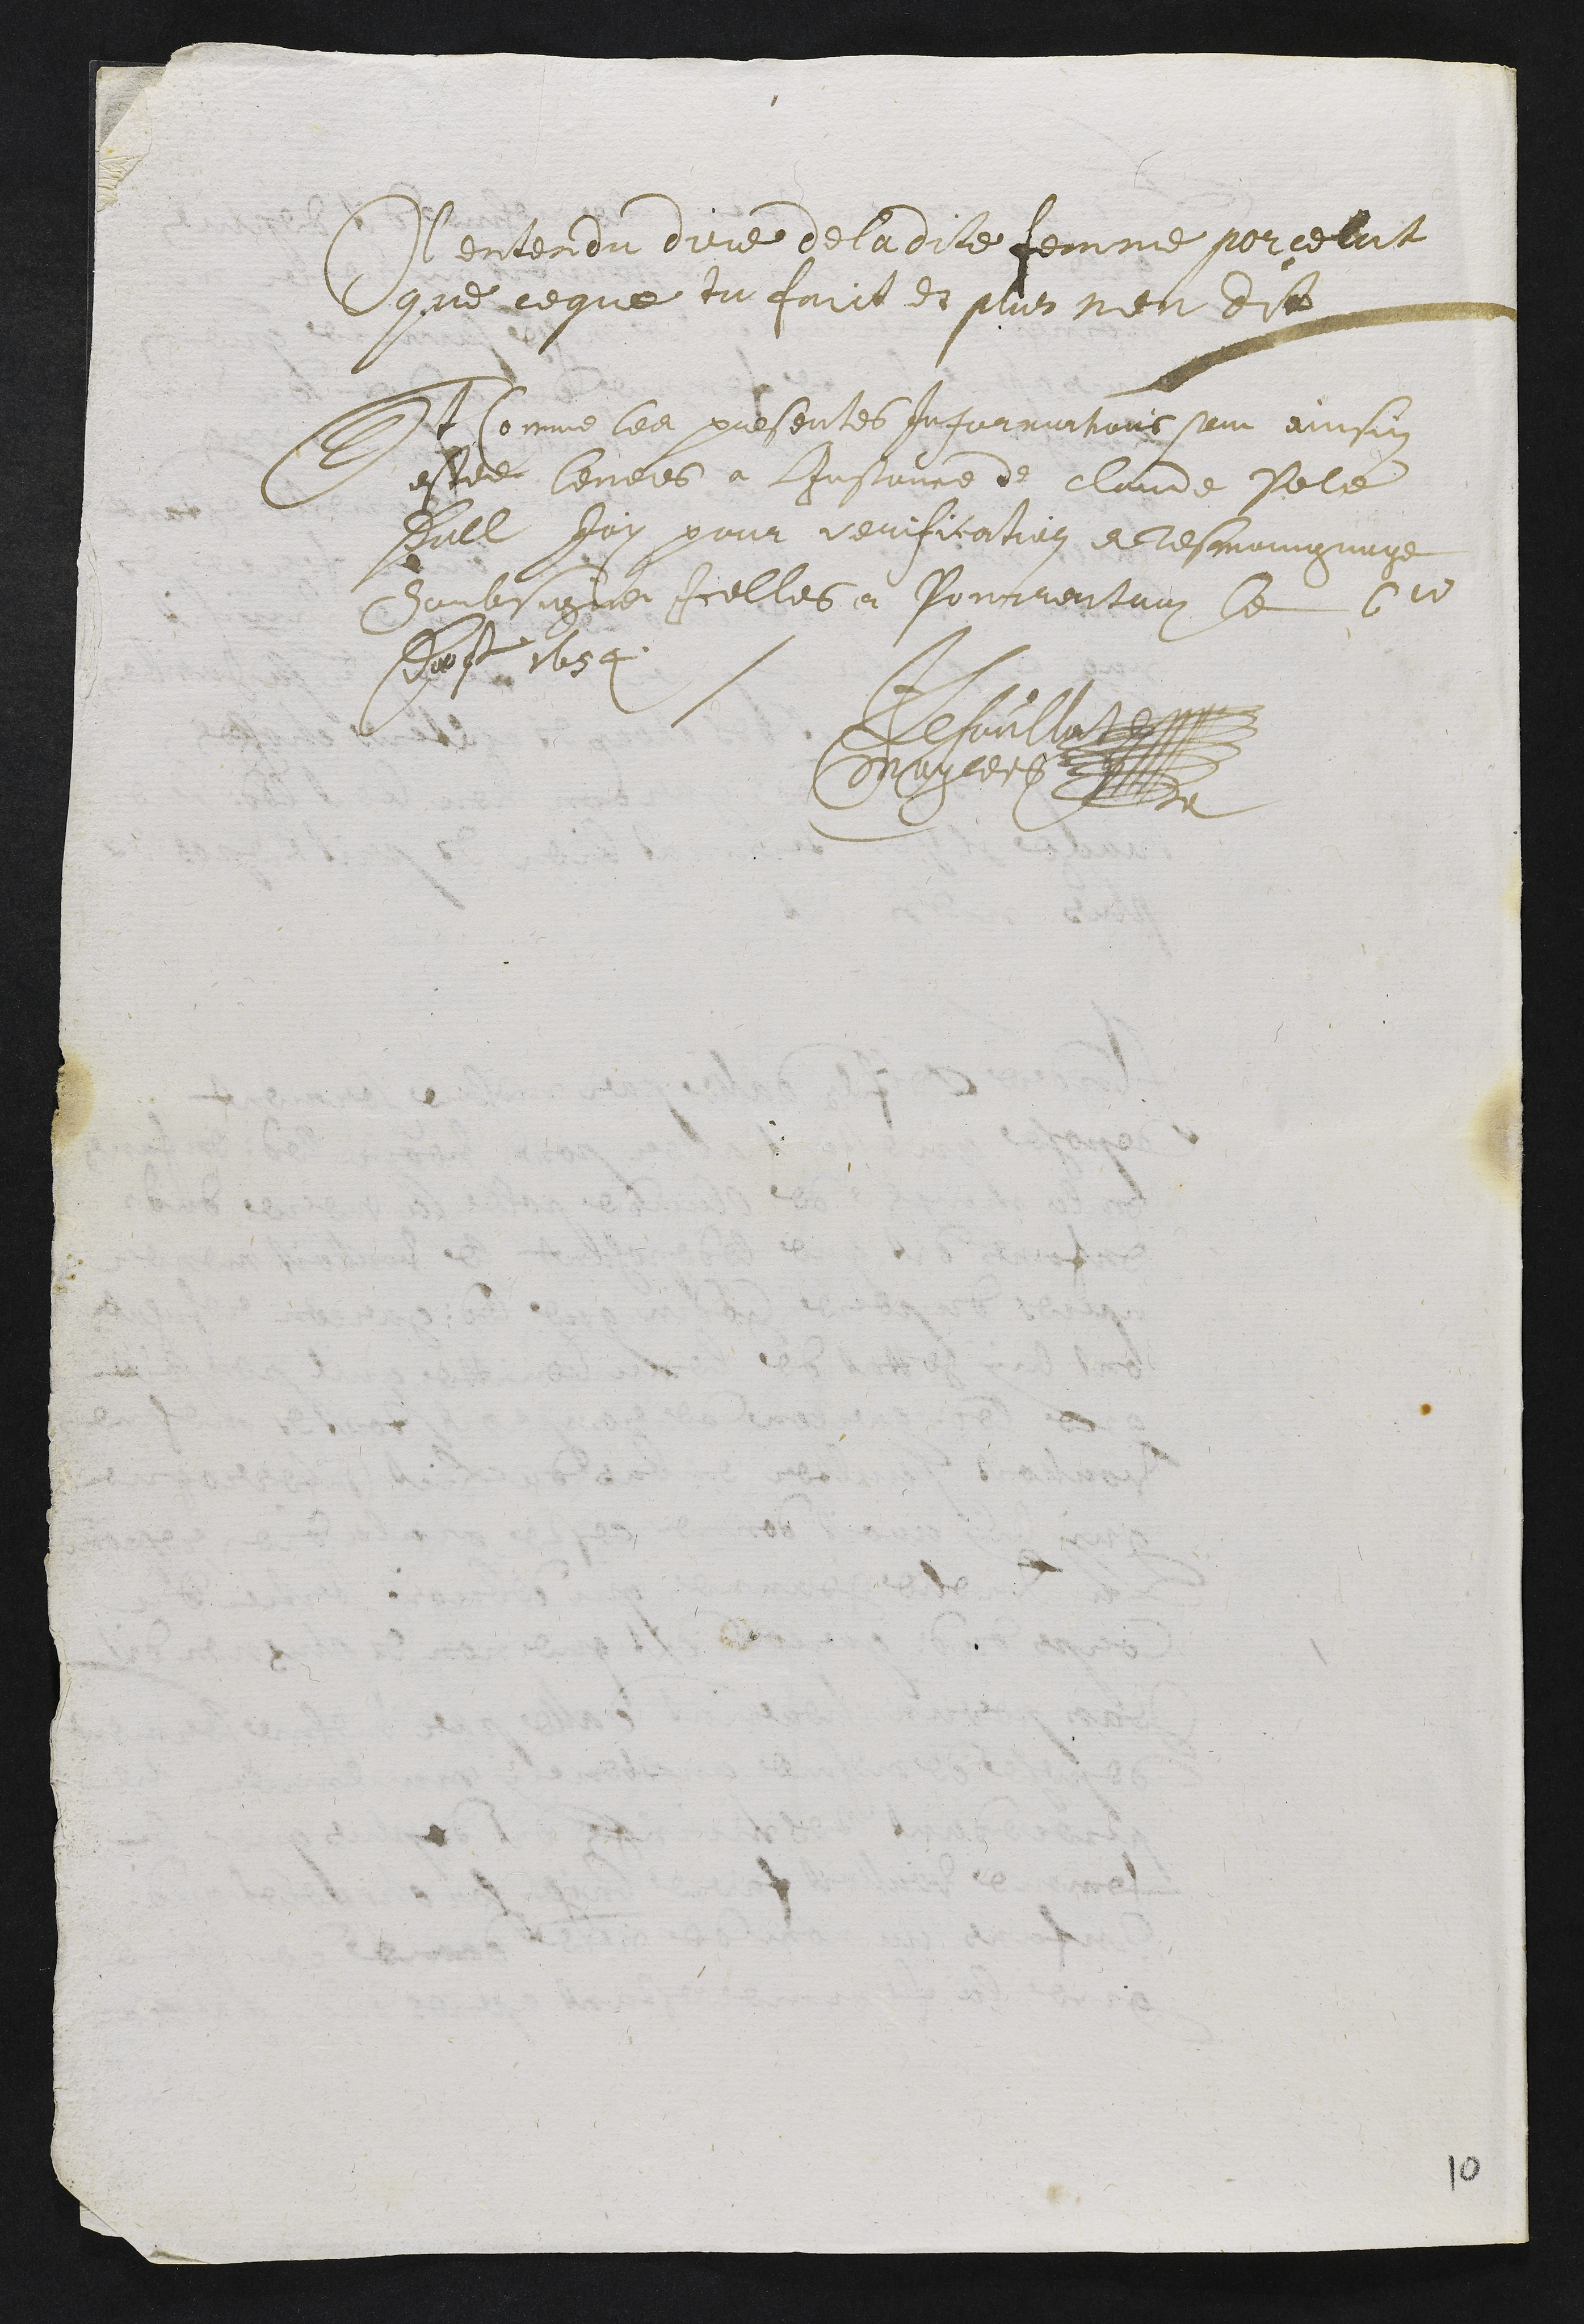
il entendu dire de ladite femme porcelat
que ce que tu faict Et plus n’en dit.
Et comme les presentes informations sont ainsin
estée levées, a l’instance de Claude Pole
d’Alle, j’ay pour verification et tesmoignage
soubsigné icelles a Pourrentruy le 6m
d’aost 1654.
JL Choullat
Mayrers